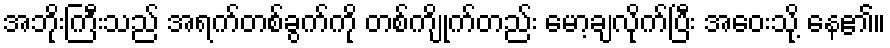
အဘိုးကြီးသည် အရက်တစ်ခွက်ကို တစ်ကျိုက်တည်း မော့ချလိုက်ပြီး အဝေးသို့ နေ၏။